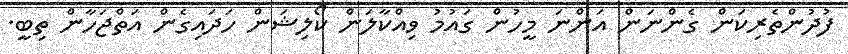
ފުދުންތެރިކަން ގެންނަން އަންނަ މީހުން ގައުމު ވިއްކާލަން ކޯލިޝަން ހަދައިގެން އަތްޖަހާން ތިބީ.